画像に写った文字を読んでください
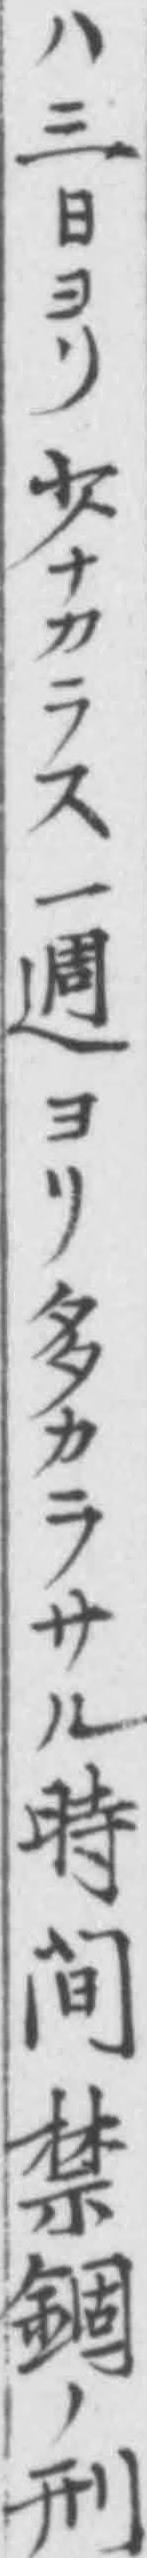
「ハ三日ヨリ少ナカラス一週ヨリ多カラサル時間禁錮ノ刑」と書いてあります